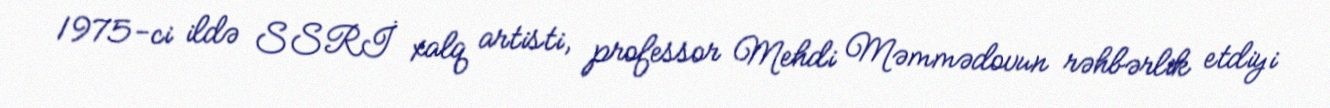
1975-ci ildə SSRİ xalq artisti, professor Mehdi Məmmədovun rəhbərlik etdiyi